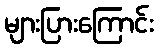
များပြားကြောင်း